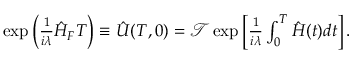
\begin{array} { r } { \exp \Big ( \frac { 1 } { i \lambda } \hat { H } _ { F } T \Big ) \equiv \hat { U } ( T , 0 ) = \mathcal { T } \exp \left[ \frac { 1 } { i \lambda } \int _ { 0 } ^ { T } \hat { H } ( t ) d t \right] . \ \ } \end{array}